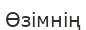
Өзімнің